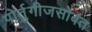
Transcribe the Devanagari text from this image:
पोर्तुगीजसोबत